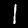
Digit: 1